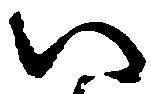
い